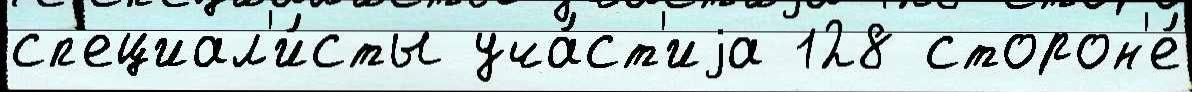
сп'ециал'и́сты уча́ст'иjа 128 сторон'е́